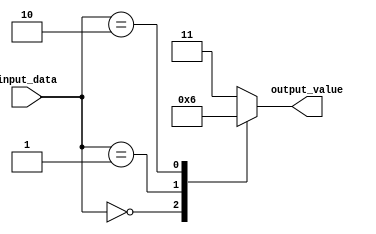
module dont_care_behavior (
    input [2:0] input_data,
    output reg [1:0] output_value
);

always @* begin
    case (input_data)
        3'b000: output_value = 2'b00; // Case 000
        3'b001: output_value = 2'b01; // Case 001
        3'b010: output_value = 2'b10; // Case 010
        default: output_value = 2'b11; // Don't Care case
    endcase
end

endmodule